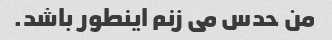
من حدس می زنم اینطور باشد.